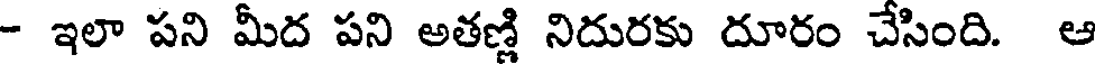
- ఇలా పని మీద పని అతణ్ణి నిదురకు దూరం చేసింది. ఆ